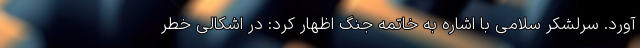
آورد. سرلشکر سلامی با اشاره به خاتمه جنگ اظهار کرد: در اشکالی خطر